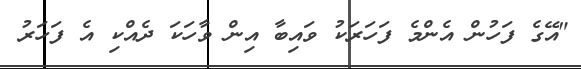
"އޭގެ ފަހުން އެންމެ ފަހަރަކު ވައިބާ އިން ވާހަކަ ދެއްކި އެ ފަހަރު